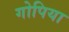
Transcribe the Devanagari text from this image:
गोपिया